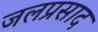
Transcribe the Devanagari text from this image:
जलप्रसाद